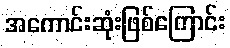
အကောင်းဆုံးဖြစ်ကြောင်း